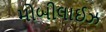
મોબીલાઈઝ